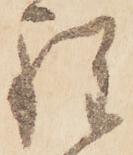
程